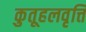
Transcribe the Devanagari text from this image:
कुतूहलवृत्ति